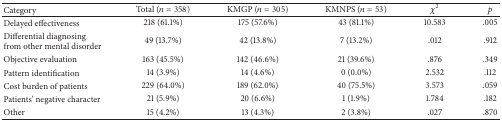
| Category | Total (n = 358) | KMGP (n = 305) | KMNPS (n = 53) | χ2 | p |
 | --- | --- | --- | --- | --- | --- |
 | Delayed effectiveness | 218 (61.1%) | 175 (57.6%) | 43 (81.1%) | 10.583 | .005 |
 | Differential diagnosing from other mental disorder | 49 (13.7%) | 42 (13.8%) | 7 (13.2%) | .012 | .912 |
 | Objective evaluation | 163 (45.5%) | 142 (46.6%) | 21 (39.6%) | .876 | .349 |
 | Pattern identification | 14 (3.9%) | 14 (4.6%) | 0 (0.0%) | 2.532 | .112 |
 | Cost burden of patients | 229 (64.0%) | 189 (62.0%) | 40 (75.5%) | 3.573 | .059 |
 | Patients' negative character | 21 (5.9%) | 20 (6.6%) | 1 (1.9%) | 1.784 | .182 |
 | Other | 15 (4.2%) | 13 (4.3%) | 2 (3.8%) | .027 | .870 |